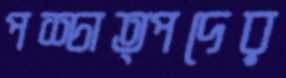
পশ্চাত্পদের